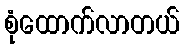
စုံထောက်လာတယ်